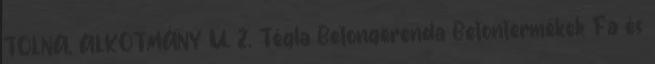
TOLNA, ALKOTMÁNY U. 2. Tégla Betongerenda Betontermékek Fa és